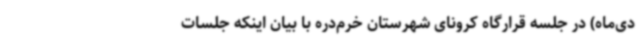
دی‌ماه) در جلسه قرارگاه کرونای شهرستان خرم‌دره با بیان اینکه جلسات